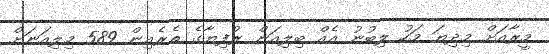
މީރާއަށް މިދިޔަ މަހު ލިބުނު އެއް ބިލިއަން ރުފިޔާގެ ތެރެއިން 589 މިލިއަނަށް